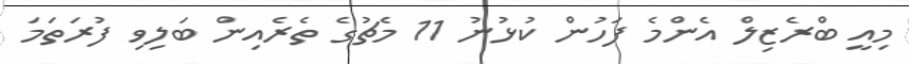
މިއީ ބްރެޒިލް އެންމެ ފަހުން ކުޅުނު 11 މެޗުގެ ތެރެއިން ބަލިވި ފުރަތަމަ